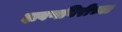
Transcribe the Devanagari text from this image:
दावणगिरीच्या